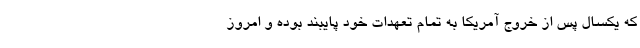
که یکسال پس از خروج آمریکا به تمام تعهدات خود پایبند بوده و امروز